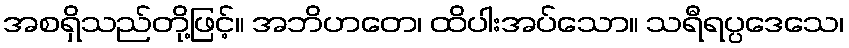
အစရှိသည်တို့ဖြင့်။ အဘိဟတေ၊ ထိပါးအပ်သော။ သရီရပ္ပဒေသေ၊